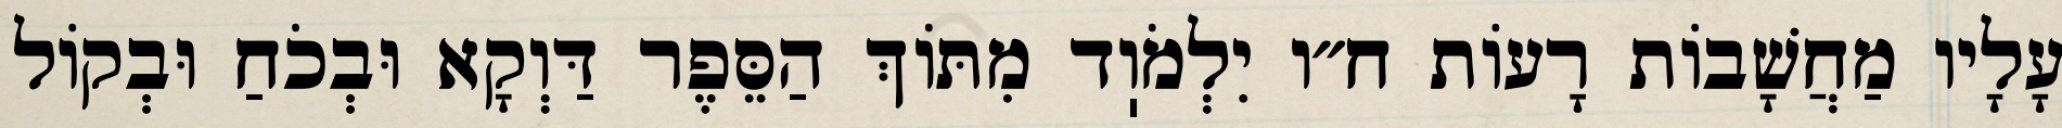
עָלָיו מַחֲשָׁבוֹת רָעוֹת ח״ו יִלְמֹוֽד מִתּוֹךְ הַסֵּפֶר דַּוְקָא וּבְכֹחַ וּבְקוֹל